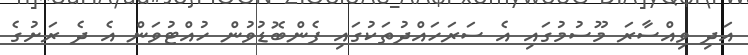
އަދި ވިއްސާރަ މޫސުމުގައި އެ ސަރަހައްދުތަކުގައި ފެންބޮޑުވުން ހުއްޓުވަން އެ ދެ ރަށުގެ